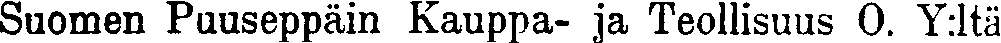
Suomen Puuseppäin Kauppa- ja Teollisuus O. Y:ltä